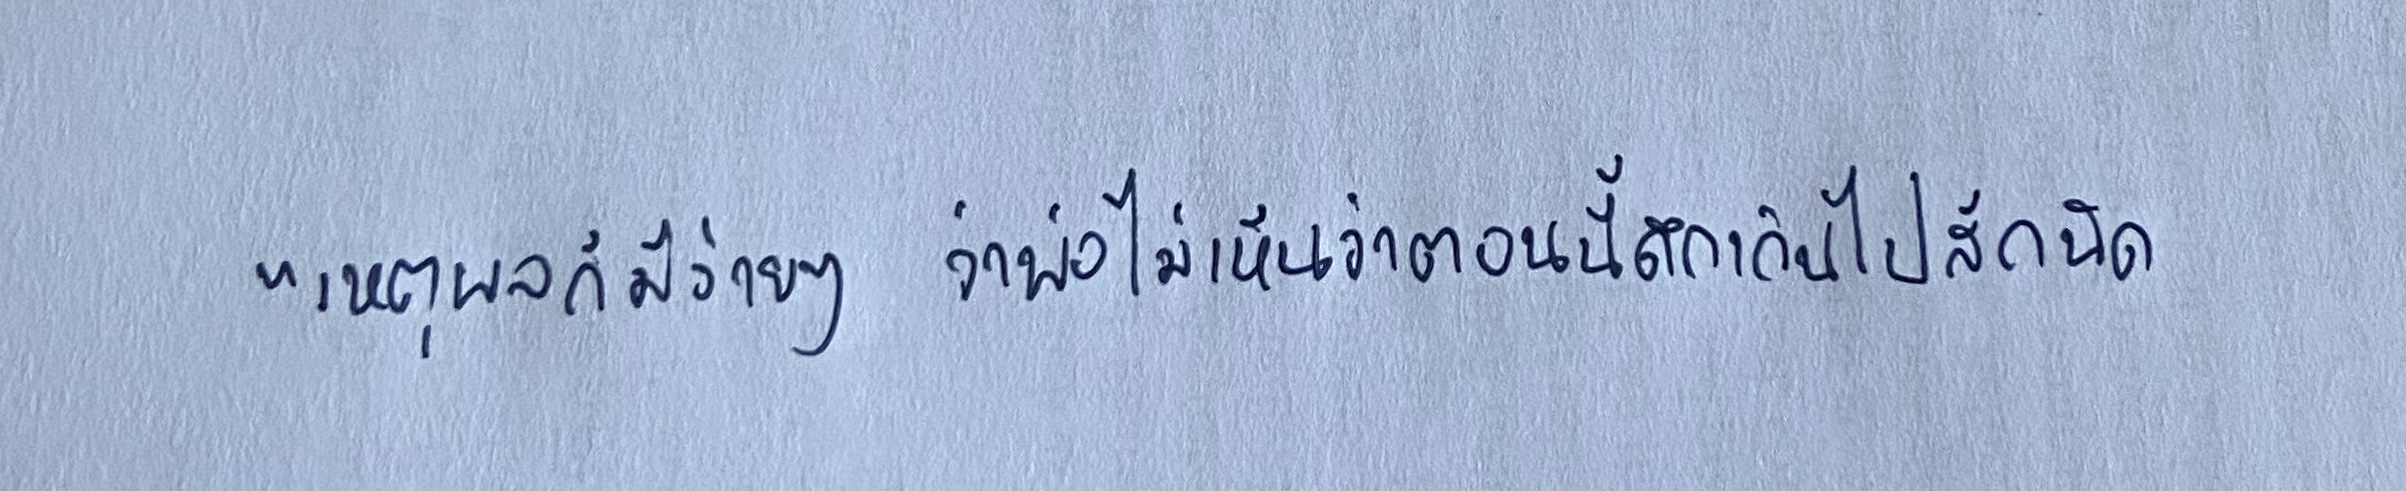
"เหตุผลก็มีง่ายๆว่าพ่อไม่เห็นว่าตอนนี้ดึกเกินไปสักนิด